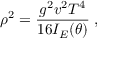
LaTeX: \rho ^ { 2 } = \frac { g ^ { 2 } v ^ { 2 } T ^ { 4 } } { 1 6 I _ { E } ( \theta ) } \; ,